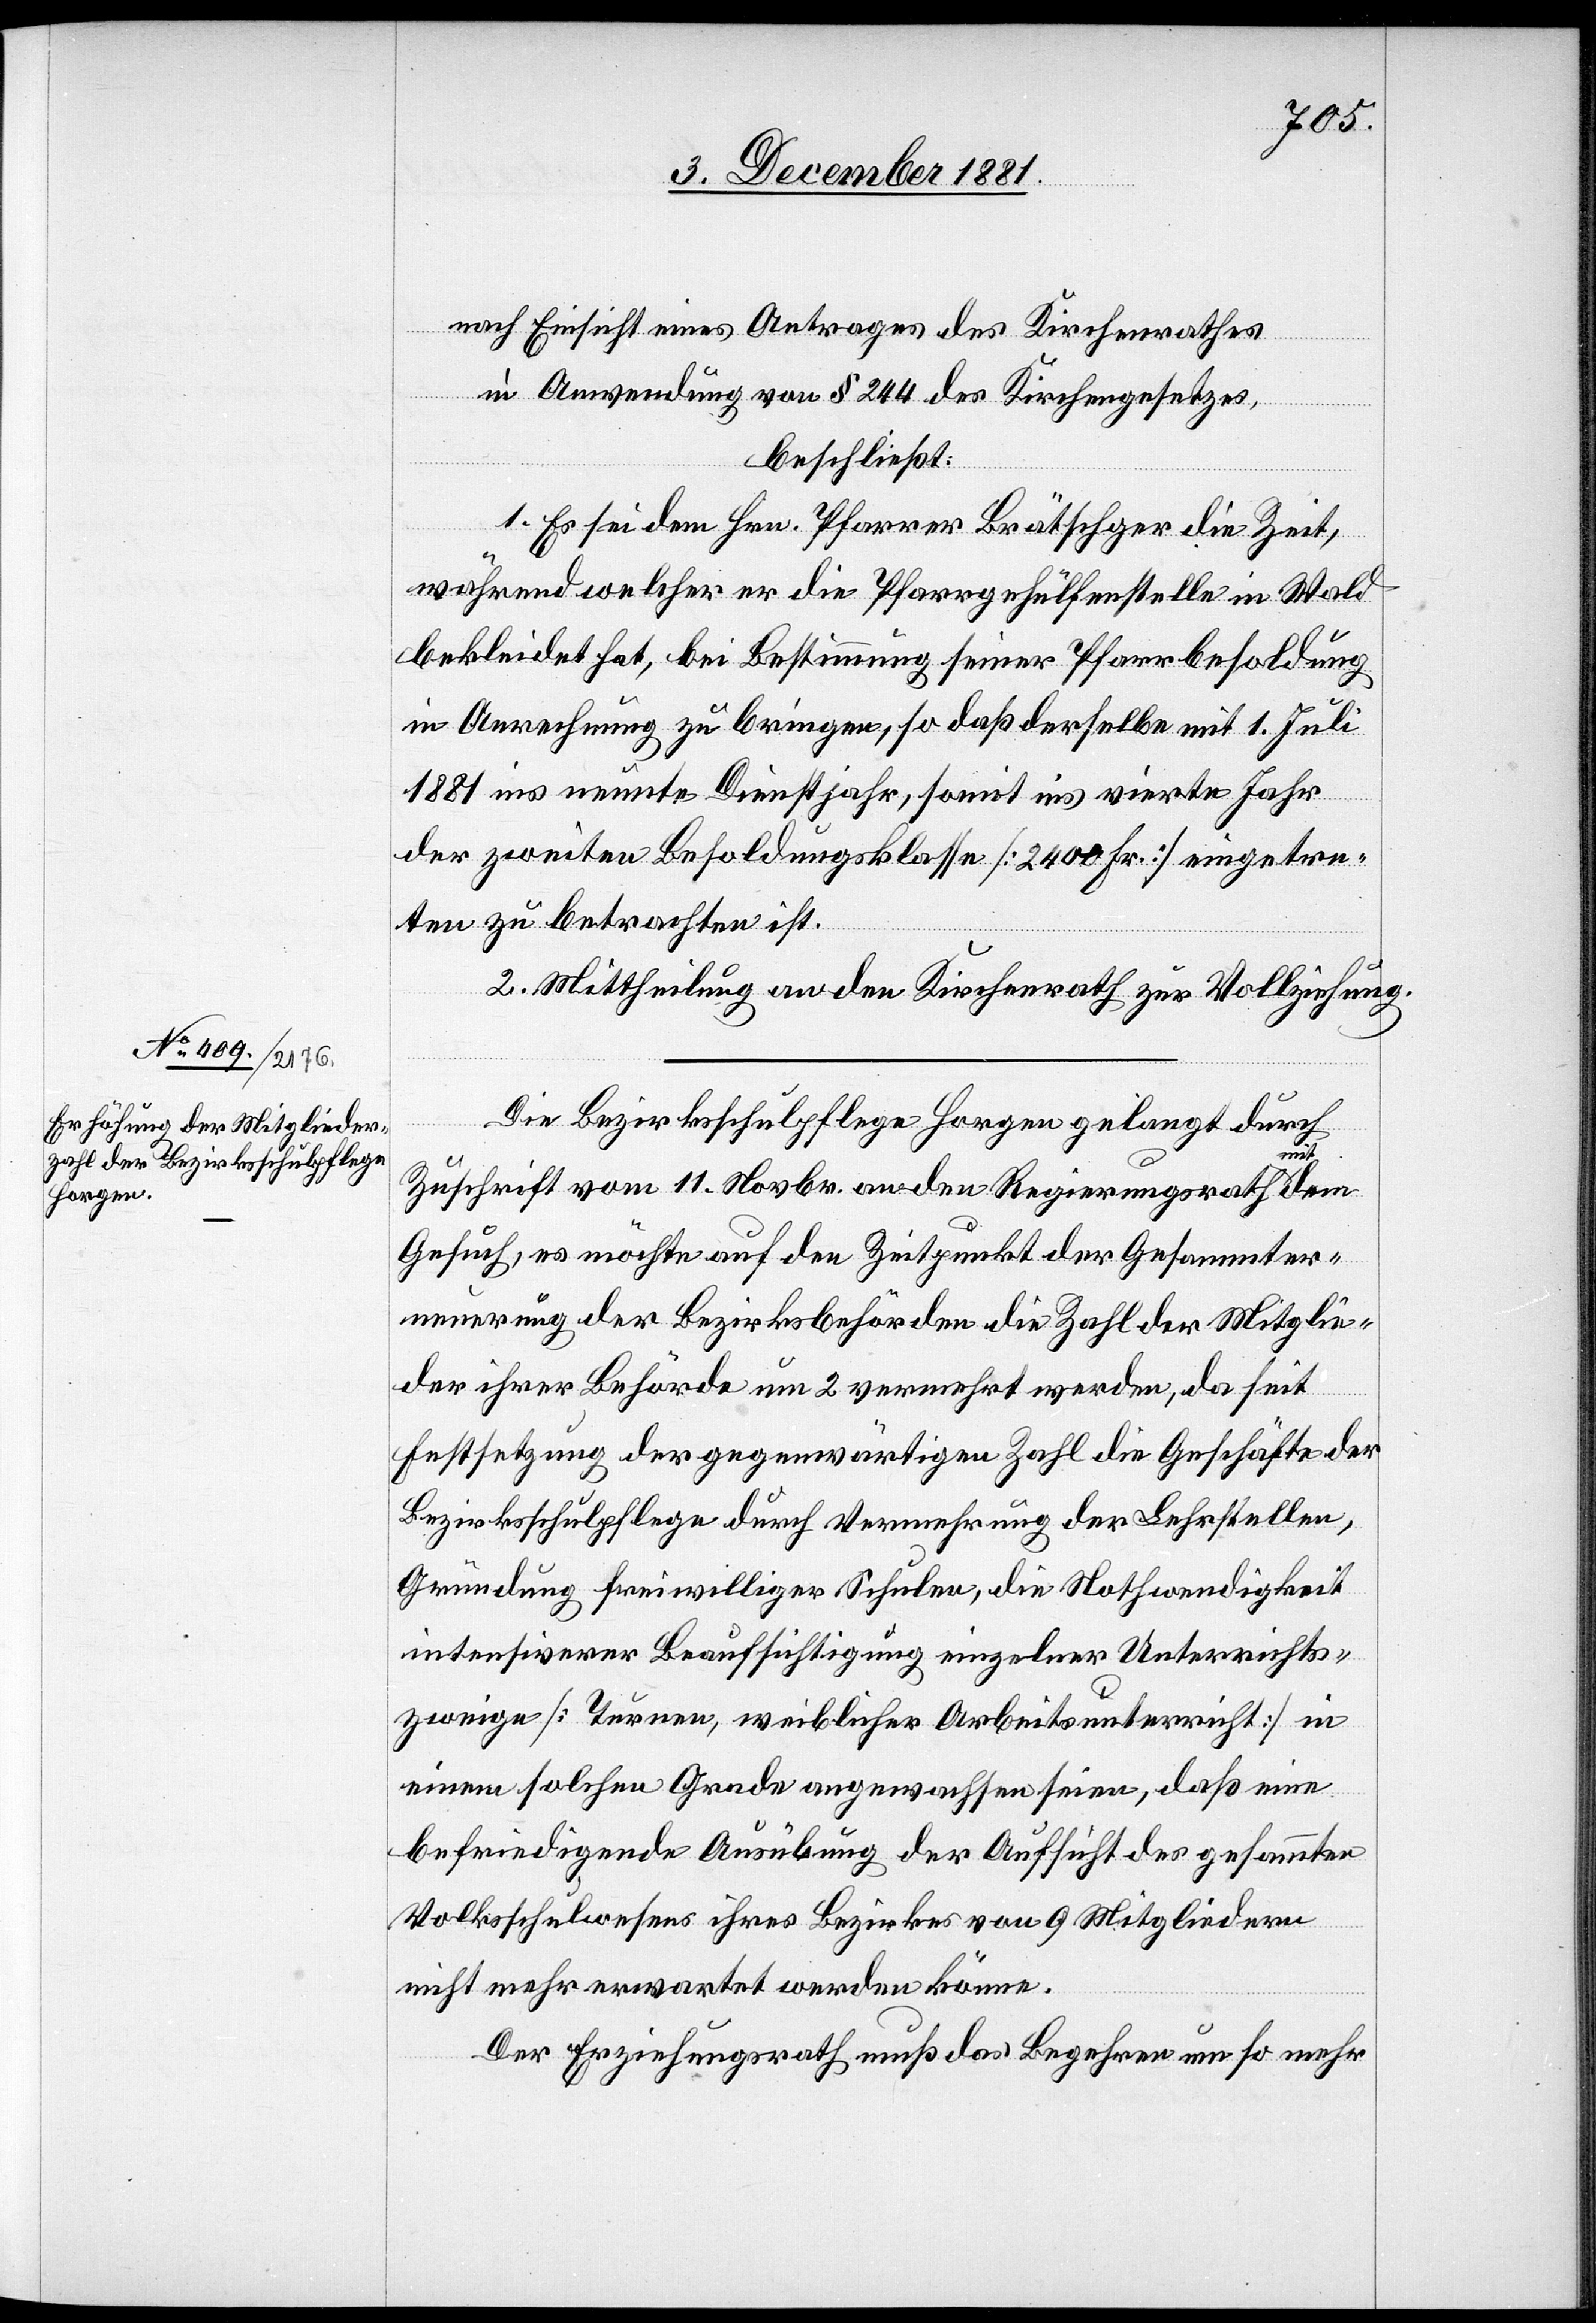
nach Einsicht eines Antrages des Kirchenrathes
in Anwendung von § 244 des Kirchengesetzes,
beschließt:
1. Es sei dem Hrn. Pfarrer Brätschger die Zeit,
während welcher er die Pfarrgehülfenstelle in Wald
bekleidet hat, bei Bestimmung seiner Pfarrbesoldung
in Anrechnung zu bringen, so daß derselbe mit 1. Juli
1881 ins neunte Dienstjahr, somit ins vierte Jahr
der zweiten Besoldungsklasse [2400 Fr.] eingetre¬
ten zu betrachten ist.
2. Mittheilung an den Kirchenrath zur Vollziehung.
Die Bezirksschulpflege Horgen gelangt durch
Zuschrift vom 11. Novbr. an den Regierungsrath mit dem
Gesuch, es möchte auf den Zeitpunkt der Gesammter¬
neuerung der Bezirksbehörden die Zahl der Mitglie¬
der ihrer Behörde um 2 vermehrt werden, da seit
Festsetzung der gegenwärtigen Zahl die Geschäfte der
Bezirksschulpflege durch Vermehrung der Lehrstellen,
Gründung freiwilliger Schulen, die Nothwendigkeit
intensiverer Beaufsichtigung einzelner Unterrichts¬
zweige [Turnen, weiblicher Arbeitsunterricht] in
einem solchen Grade angewachsen seien, daß eine
befriedigende Ausübung der Aufsicht des gesammten
Volksschulwesens ihres Bezirkes von 9 Mitgliedern
nicht mehr erwartet werden könne.
Der Erziehungsrath muß das Begehren um so mehr